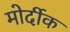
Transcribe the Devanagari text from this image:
मोर्दीक